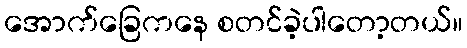
အောက်ခြေကနေ စတင်ခဲ့ပါတော့တယ်။